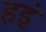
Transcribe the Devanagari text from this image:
हइं